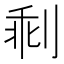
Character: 𠝍